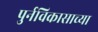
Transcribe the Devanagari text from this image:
पुर्नविकासाच्या